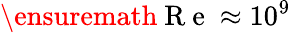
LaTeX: \ensuremath{\mathrm{~R~e~}}\approx 10^{9}